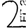
Digit: 2